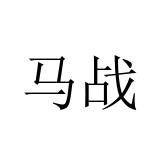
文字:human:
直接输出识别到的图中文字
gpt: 马战